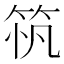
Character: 𥭂